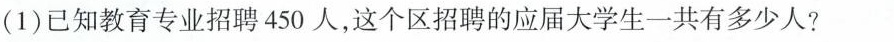
(1)已知教育专业招聘450人，这个区招聘的应届大学生一共有多少人?